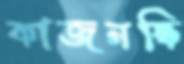
কাজনস্কি